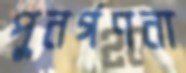
পুনর্গণনা